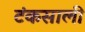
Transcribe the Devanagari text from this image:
टंकसाली